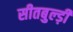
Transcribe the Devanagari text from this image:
सीतबुल्ड़ी